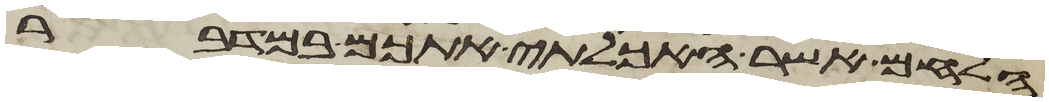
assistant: הלחם אשר האכלתי אתכם במדבר